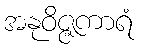
အနုဝိဇ္ဇကာရံ